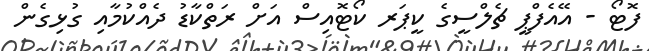
ފޮޓޯ - އޭއެފްޕީ ޗެލްސީގެ ކީޕަރ ކޯޓޮއިސް އަށް ރަތްކާޑު ދެއްކުމާއި ގުޅިގެން